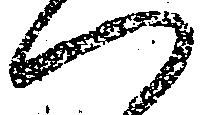
つ